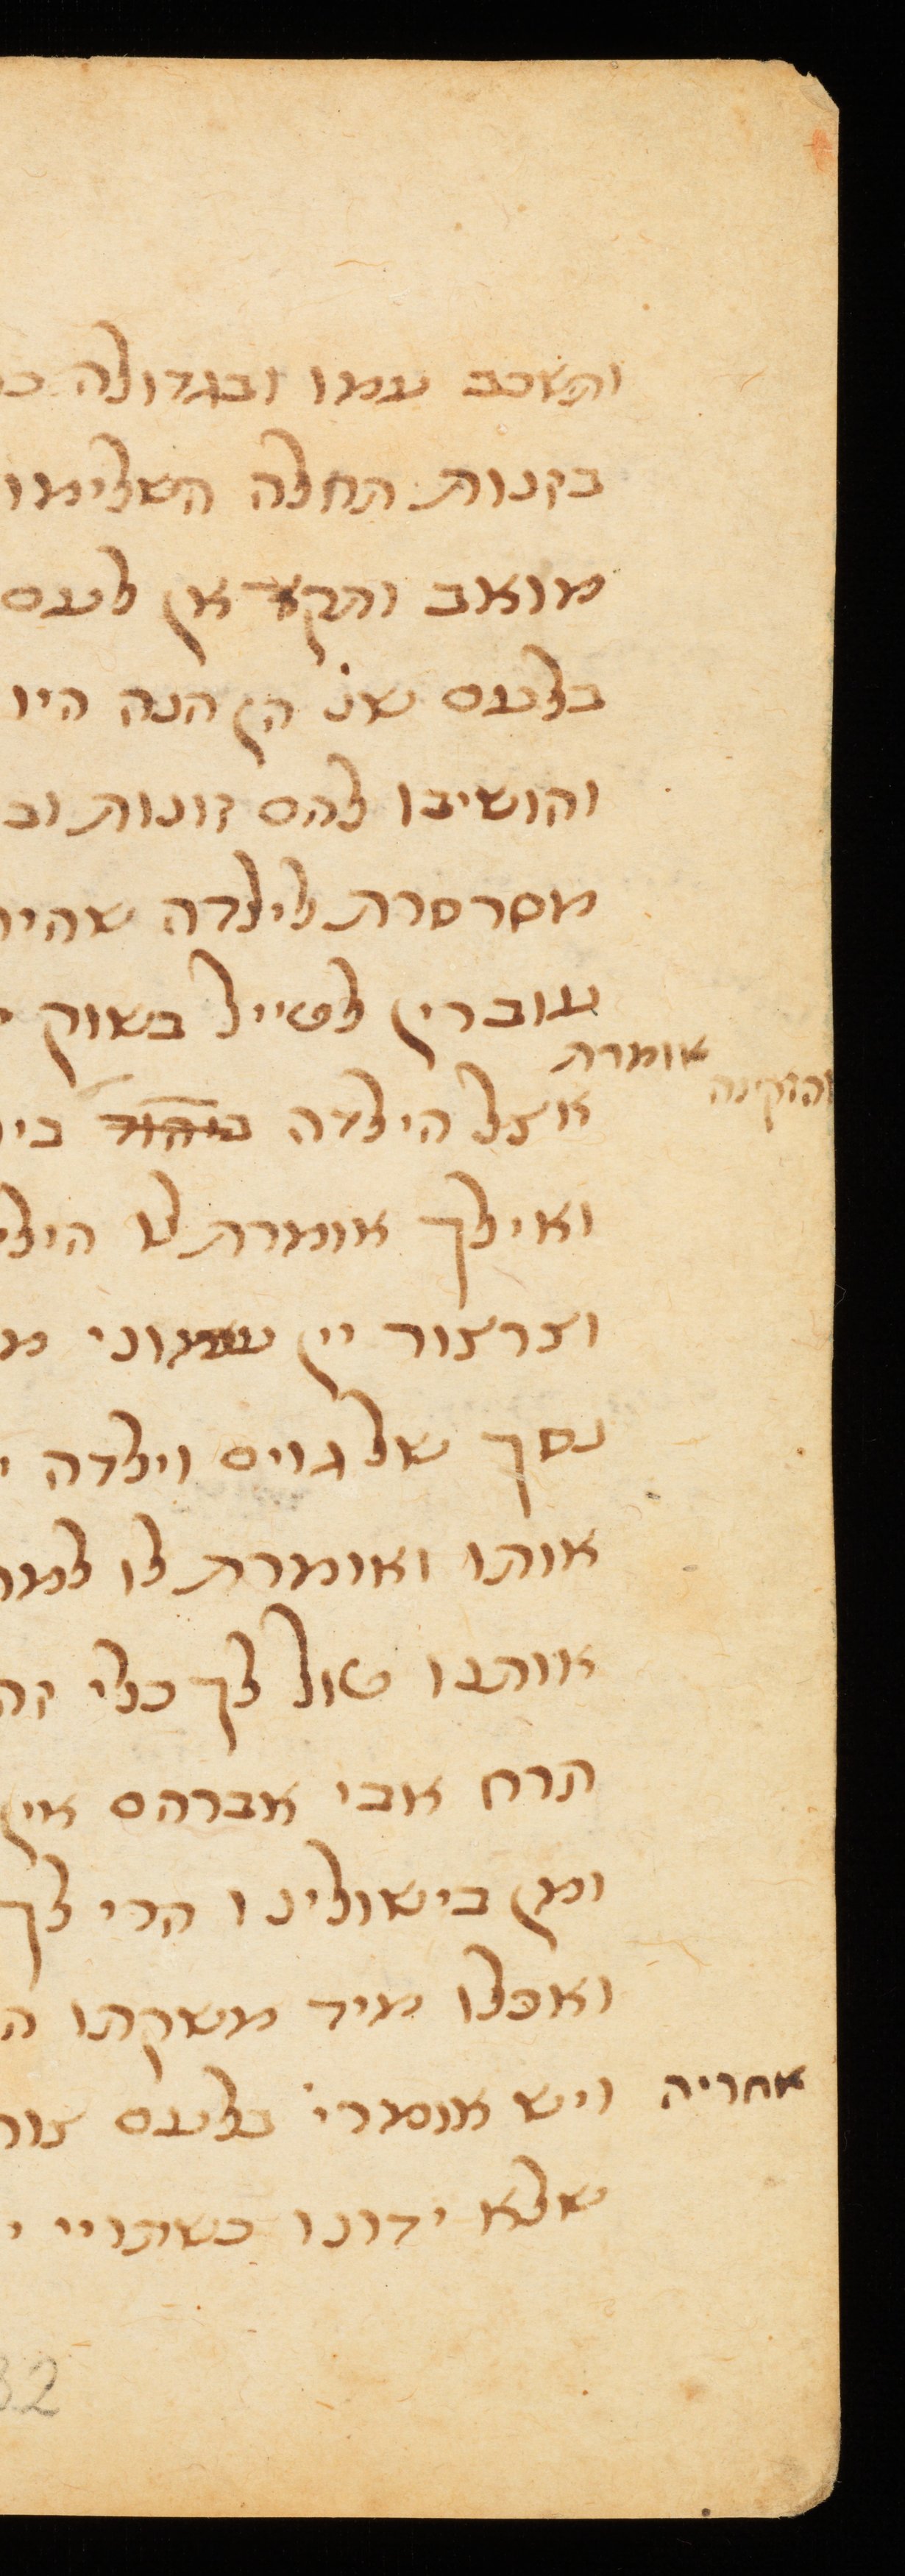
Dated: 1300–1399